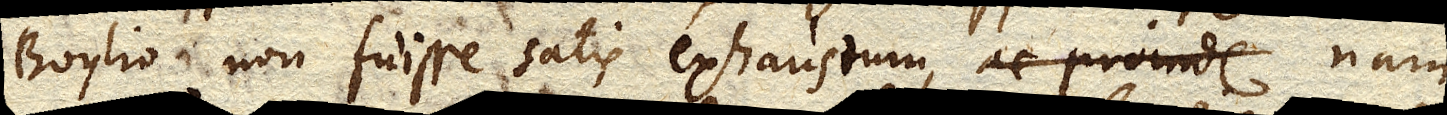
Boylio non fuisse satis exhaustum, ac proinde nam